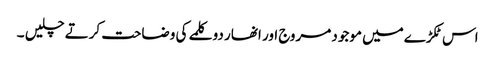
اس ٹکڑےمیں موجود مروج اور انھار دو کلمے کی وضاحت کرتے چلیں ۔